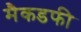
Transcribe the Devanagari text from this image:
मैकडफी